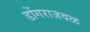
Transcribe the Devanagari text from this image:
डोंगराजवळ